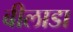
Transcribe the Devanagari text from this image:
बीलाडा